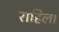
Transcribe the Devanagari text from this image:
राहिल।